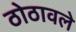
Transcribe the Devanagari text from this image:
ठोठावले